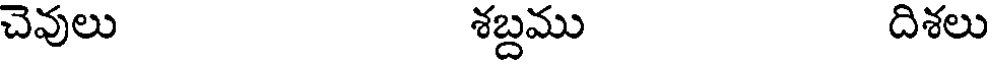
చెవులు శబ్దము దిశలు